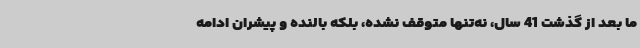
ما بعد از گذشت 41 سال، نه‌تنها متوقف نشده، بلکه بالنده و پیشران ادامه